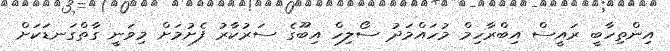
އިންތިހާބީ ރައީސް އިބްރާހިމް މުހައްމަދު ސޯލިހް އިބޫގެ ސަރުކާރު ފެށުމަަށް މިވަނީ ގާތްގަނޑަކަށް